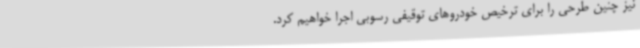
نیز چنین طرحی را برای ترخیص خودروهای توقیفی رسوبی اجرا خواهیم کرد.